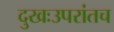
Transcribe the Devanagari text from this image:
दुखःउपरांतच